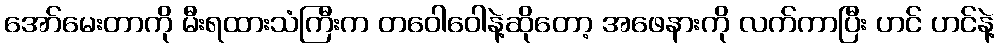
အော်မေးတာကို မီးရထားသံကြီးက တဝေါဝေါနဲ့ဆိုတော့ အဖေနားကို လက်ကာပြီး ဟင် ဟင်နဲ့